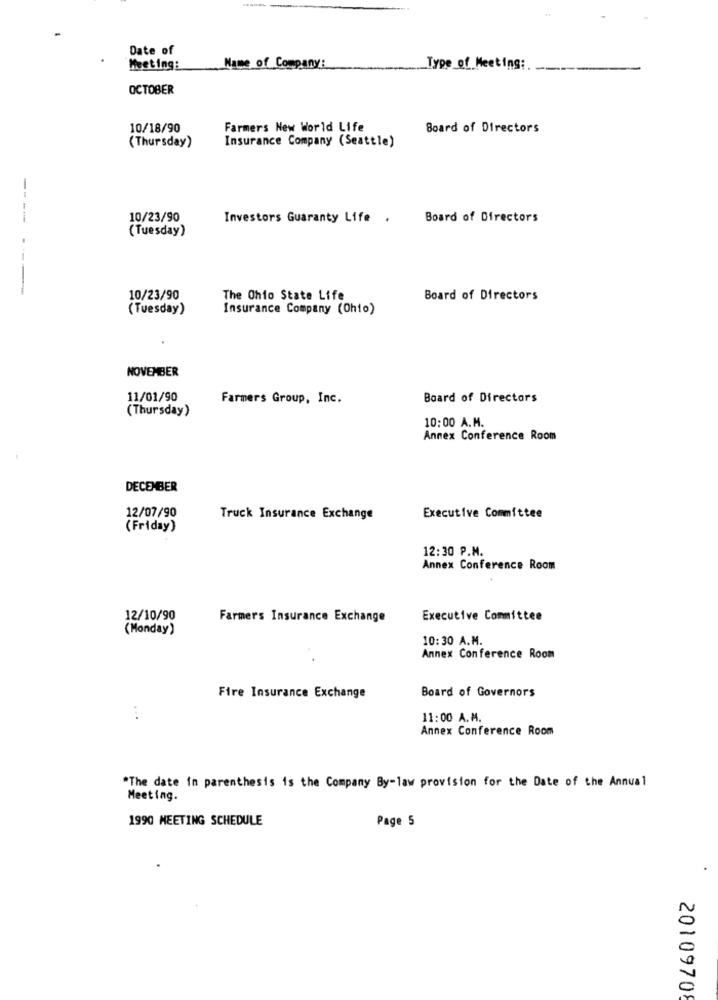
Date of
Meeting:
Name of Company:
Type of Meeting:
OCTOBER
10/18/90
Farmers New World Life
Board of Directors
Insurance Company (Seattle)
(Thursday)
10/23/90
Investors Guaranty Life .
Board of Directors
(Tuesday)
---- -----
10/23/90
The Ohio State Life
Board of Directors
(Tuesday)
Insurance Company (Ohio)
NOVEMBER
11/01/90
Farmers Group, Inc.
Board of Directors
(Thursday)
10:00 A.M.
Annex Conference Room
DECEMBER
12/07/90
Truck Insurance Exchange
Executive Committee
(Friday)
12:30 P.M.
Annex Conference Room
12/10/90
Farmers Insurance Exchange
Executive Committee
(Monday)
10:30 A.M.
Annex Conference Room
Fire Insurance Exchange
Board of Governors
11:00 A.M.
Annex Conference Room
"The date in parenthesis is the Company By-law provision for the Date of the Annual
Meeting.
1990 MEETING SCHEDULE
Page 5
20109708